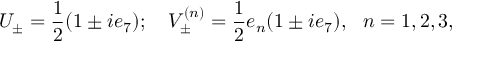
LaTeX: U _ { \pm } = \frac { 1 } { 2 } ( 1 \pm i e _ { 7 } ) ; \ \ \ V _ { \pm } ^ { ( n ) } = \frac { 1 } { 2 } e _ { n } ( 1 \pm i e _ { 7 } ) , \ \ n = 1 , 2 , 3 ,